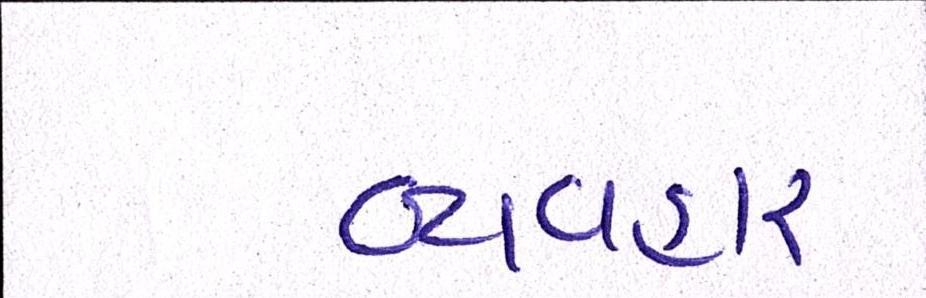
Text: વ્યવહાર